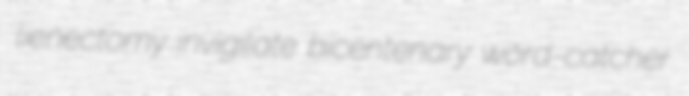
lienectomy invigilate bicentenary word-catcher